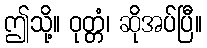
ဤသို့။ ဝုတ္တံ၊ ဆိုအပ်ပြီ။